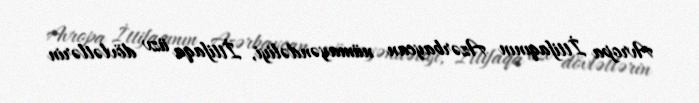
Avropa İttifaqının Azərbaycan nümayəndəliyi, İttifaqa üzv dövlətlərin